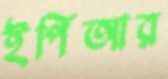
ইপিআর